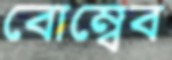
বোম্বেব